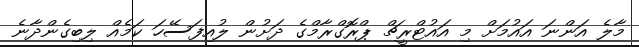
މާލެ އަންނަ އައުމަށް މި އައުޓްރީޗް ޕްރޮގްރާމްގެ ދަށުން ލުއިފަސޭހަ ކަމެއް ލިބިގެންދާނެ